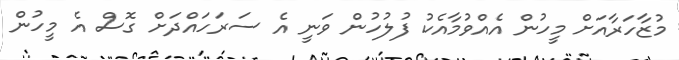
މުޒާހަރާއަށް މީހުން އެއްވުމާއެކު ފުލުހުން ވަނީ އެ ސަރަހައްދަށް ގޮސް އެ މީހުން